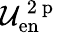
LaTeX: \mathcal{U}_{\mathrm{en}}^{\mathrm{~2~p~}}